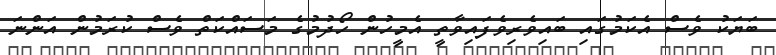
ބަޔަކު ވެސް އެކަމުގައި ބައިވެރިވެފައިވާތީ އެމީހުން ހޯދުމުގެ މަސައްކަތް ވެސް ކުރަމުން އަންނަ